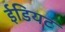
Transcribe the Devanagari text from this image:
ईडियट